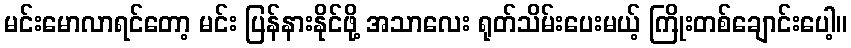
မင်းမောလာရင်တော့ မင်း ပြန်နားနိုင်ဖို့ အသာလေး ရုတ်သိမ်းပေးမယ့် ကြိုးတစ်ချောင်းပေါ့။